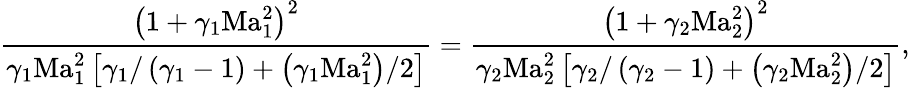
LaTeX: \frac{\left(1+\gamma_{1}\mathrm{Ma}_{1}^{2}\right)^{2}}{\gamma_{1}\mathrm{Ma}_{1}^{2}\left[\gamma_{1}/\left(\gamma_{1}-1\right)+\left(\gamma_{1}\mathrm{Ma}_{1}^{2}\right)/2\right]}=\frac{\left(1+\gamma_{2}\mathrm{Ma}_{2}^{2}\right)^{2}}{\gamma_{2}\mathrm{Ma}_{2}^{2}\left[\gamma_{2}/\left(\gamma_{2}-1\right)+\left(\gamma_{2}\mathrm{Ma}_{2}^{2}\right)/2\right]},